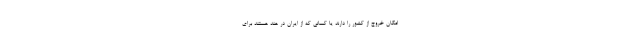
امکان خروج از کشور را دارند یا کسانی که از ایران در هند هستند برای